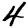
Digit: 4